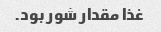
غذا مقدار شور بود.